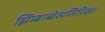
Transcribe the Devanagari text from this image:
झिम्बाब्वेव्यतिरिक्त